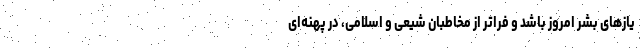
یاز‌های بشر امروز باشد و فراتر از مخاطبان شیعی و اسلامی، در پهنه‌ای